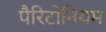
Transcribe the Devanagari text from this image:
पैरिटोनियम